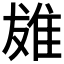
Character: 𨾩